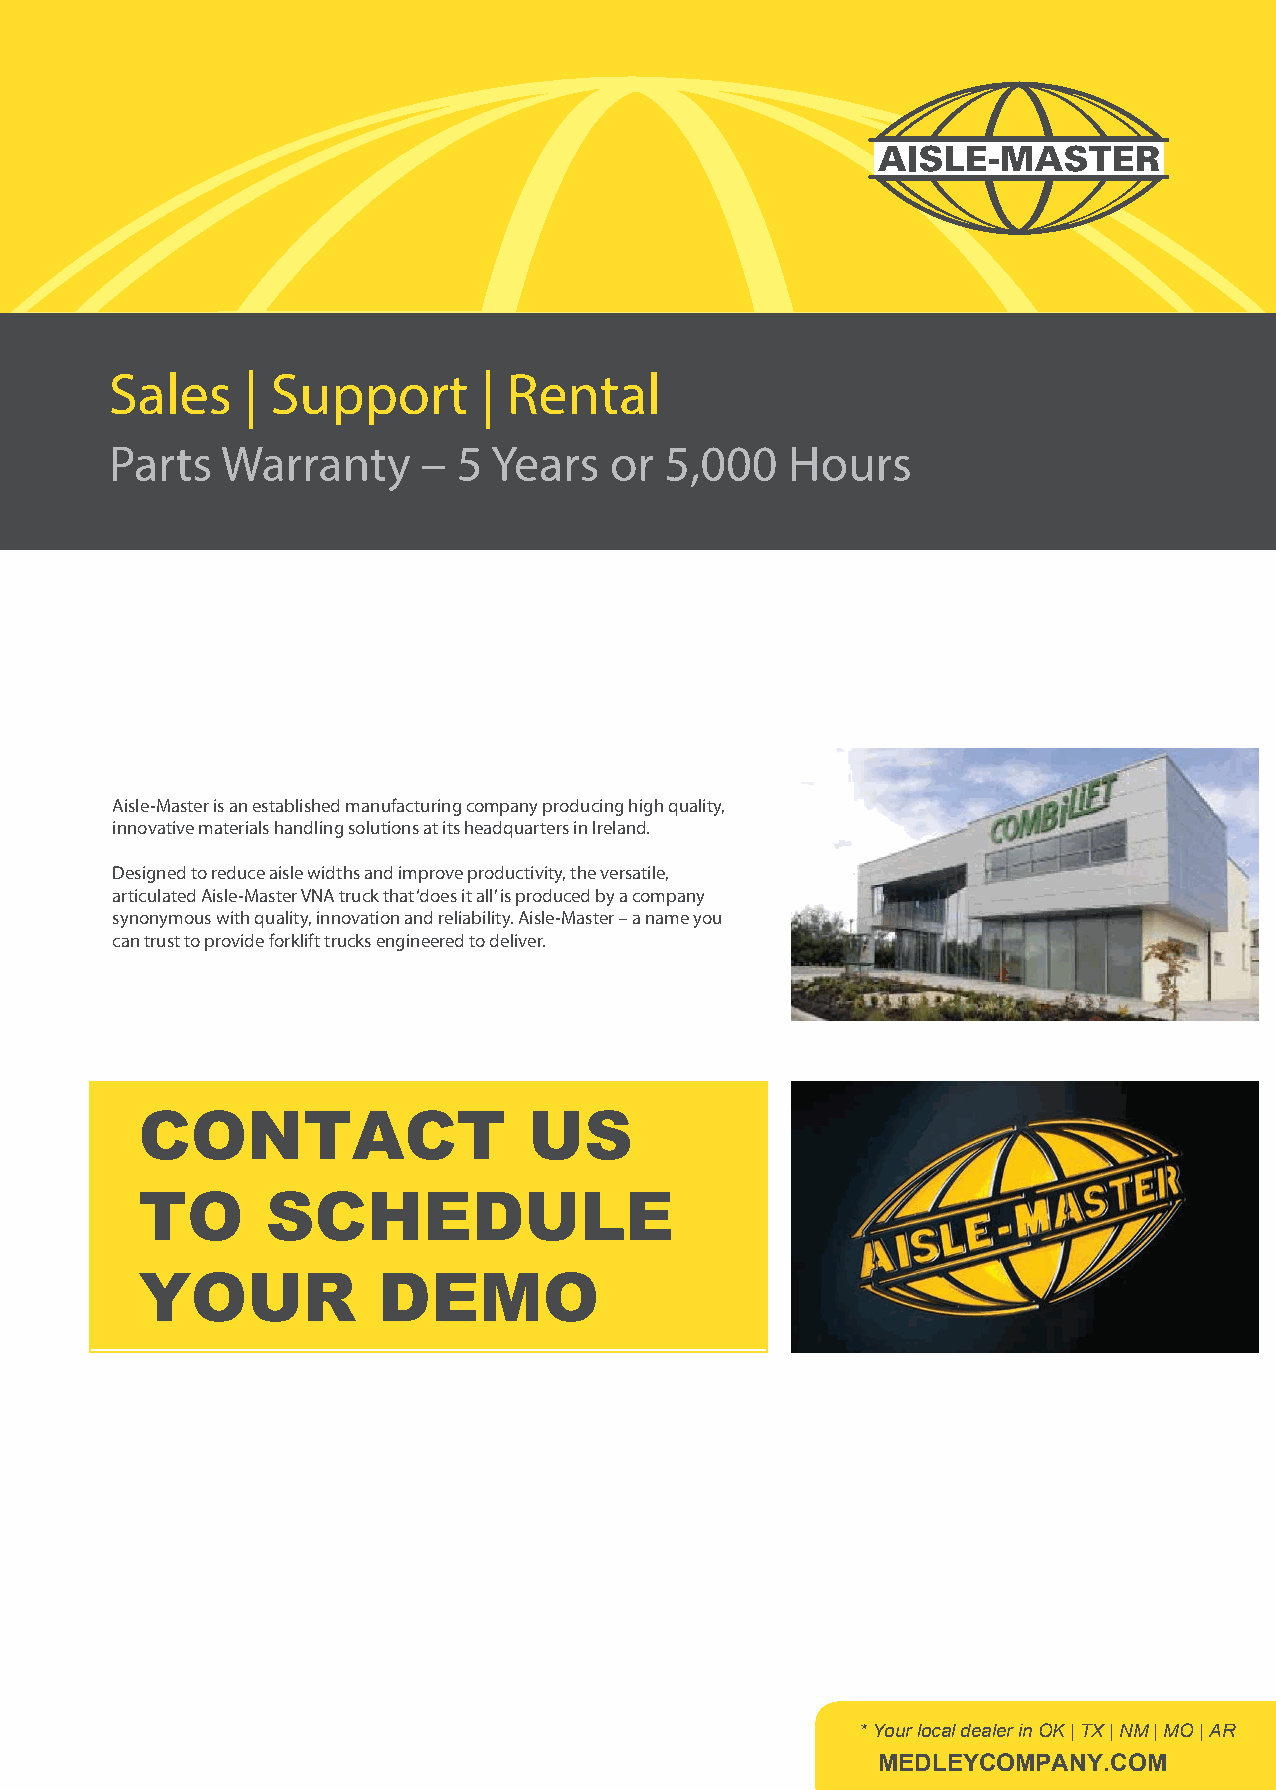
Sales    | Support       | Rental
 Parts   Warranty     – 5 Years    or 5,000   Hours
 Aisle-Master is an established manufacturing company producing high quality,
 innovative materials handling solutions at its headquarters in Ireland.
 Designed to reduce aisle widths and improve productivity, the versatile,
 articulated Aisle-Master VNA truck that ‘does it all’ is produced by a company
 synonymous with quality, innovation and reliability. Aisle-Master – a name you
 can trust to provide forklift trucks engineered to deliver.
 CONTACT                   US
 TO       SCHEDULE
 YOUR            DEMO
 *Your local dealer in OK | TX | NM | MO | AR
 MEDLEYCOMPANY.COM